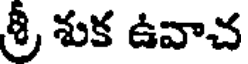
శ్రీ శుక ఉవాచ